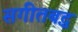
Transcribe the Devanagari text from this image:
सगीतबद्ध